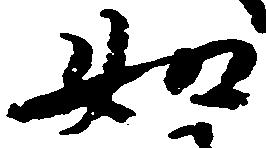
如